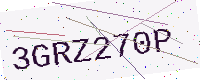
Text: 3GRZ270P